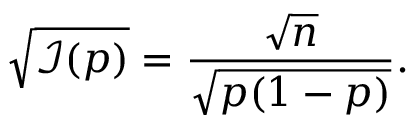
{ \sqrt { { \mathcal { I } } ( p ) } } = { \frac { \sqrt { n } } { \sqrt { p ( 1 - p ) } } } .